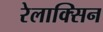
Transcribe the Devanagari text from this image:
रेलाक्सिन